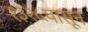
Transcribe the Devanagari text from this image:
१३२५पासून